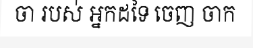
ចា របស់ អ្នកដទៃ ចេញ ចាក